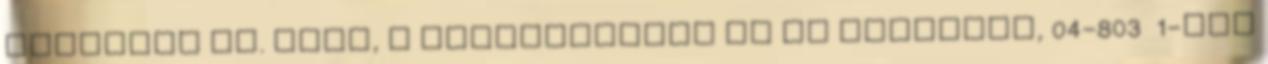
vezették be. Ezek, a többségükben ma is hatályos, 04-803 1-től